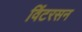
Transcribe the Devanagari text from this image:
विंटरसन